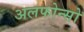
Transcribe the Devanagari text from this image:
अलफोन्सो